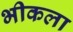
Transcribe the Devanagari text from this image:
भीकला